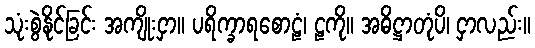
သုံးစွဲနိုင်ခြင်း အကျိုးငှာ။ ပရိက္ခာရစောဠံ၊ ဠကို။ အဓိဋ္ဌာတုံပိ၊ ငှာလည်း။